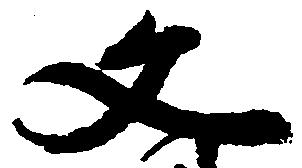
文